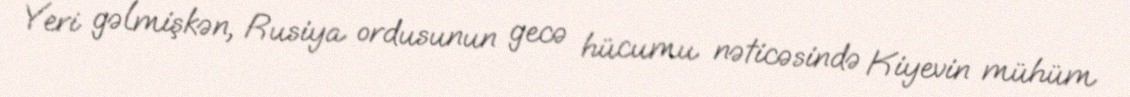
Yeri gəlmişkən, Rusiya ordusunun gecə hücumu nəticəsində Kiyevin mühüm